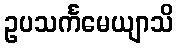
ဥပသင်္ကမေယျာသိ